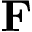
\mathbf { F }